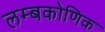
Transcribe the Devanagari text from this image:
लम्बकोणिक